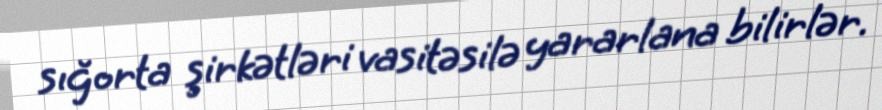
sığorta şirkətləri vasitəsilə yararlana bilirlər.